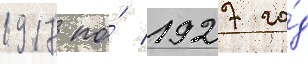
1917 по́ 1927 го́д